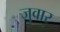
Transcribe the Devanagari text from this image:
जुवार